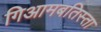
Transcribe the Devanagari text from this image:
गिआमबतिस्ता